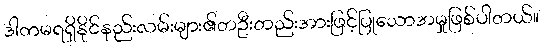
ဒါကမရရှိနိုင်နည်းလမ်းများ၏တဦးတည်းအားဖြင့်ပြုသောအမှုဖြစ်ပါတယ်။